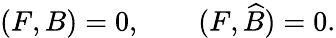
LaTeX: (F,B)=0,\qquad(F,\widehat{B})=0.